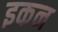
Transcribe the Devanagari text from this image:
इकन